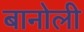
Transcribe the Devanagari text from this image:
बानोली